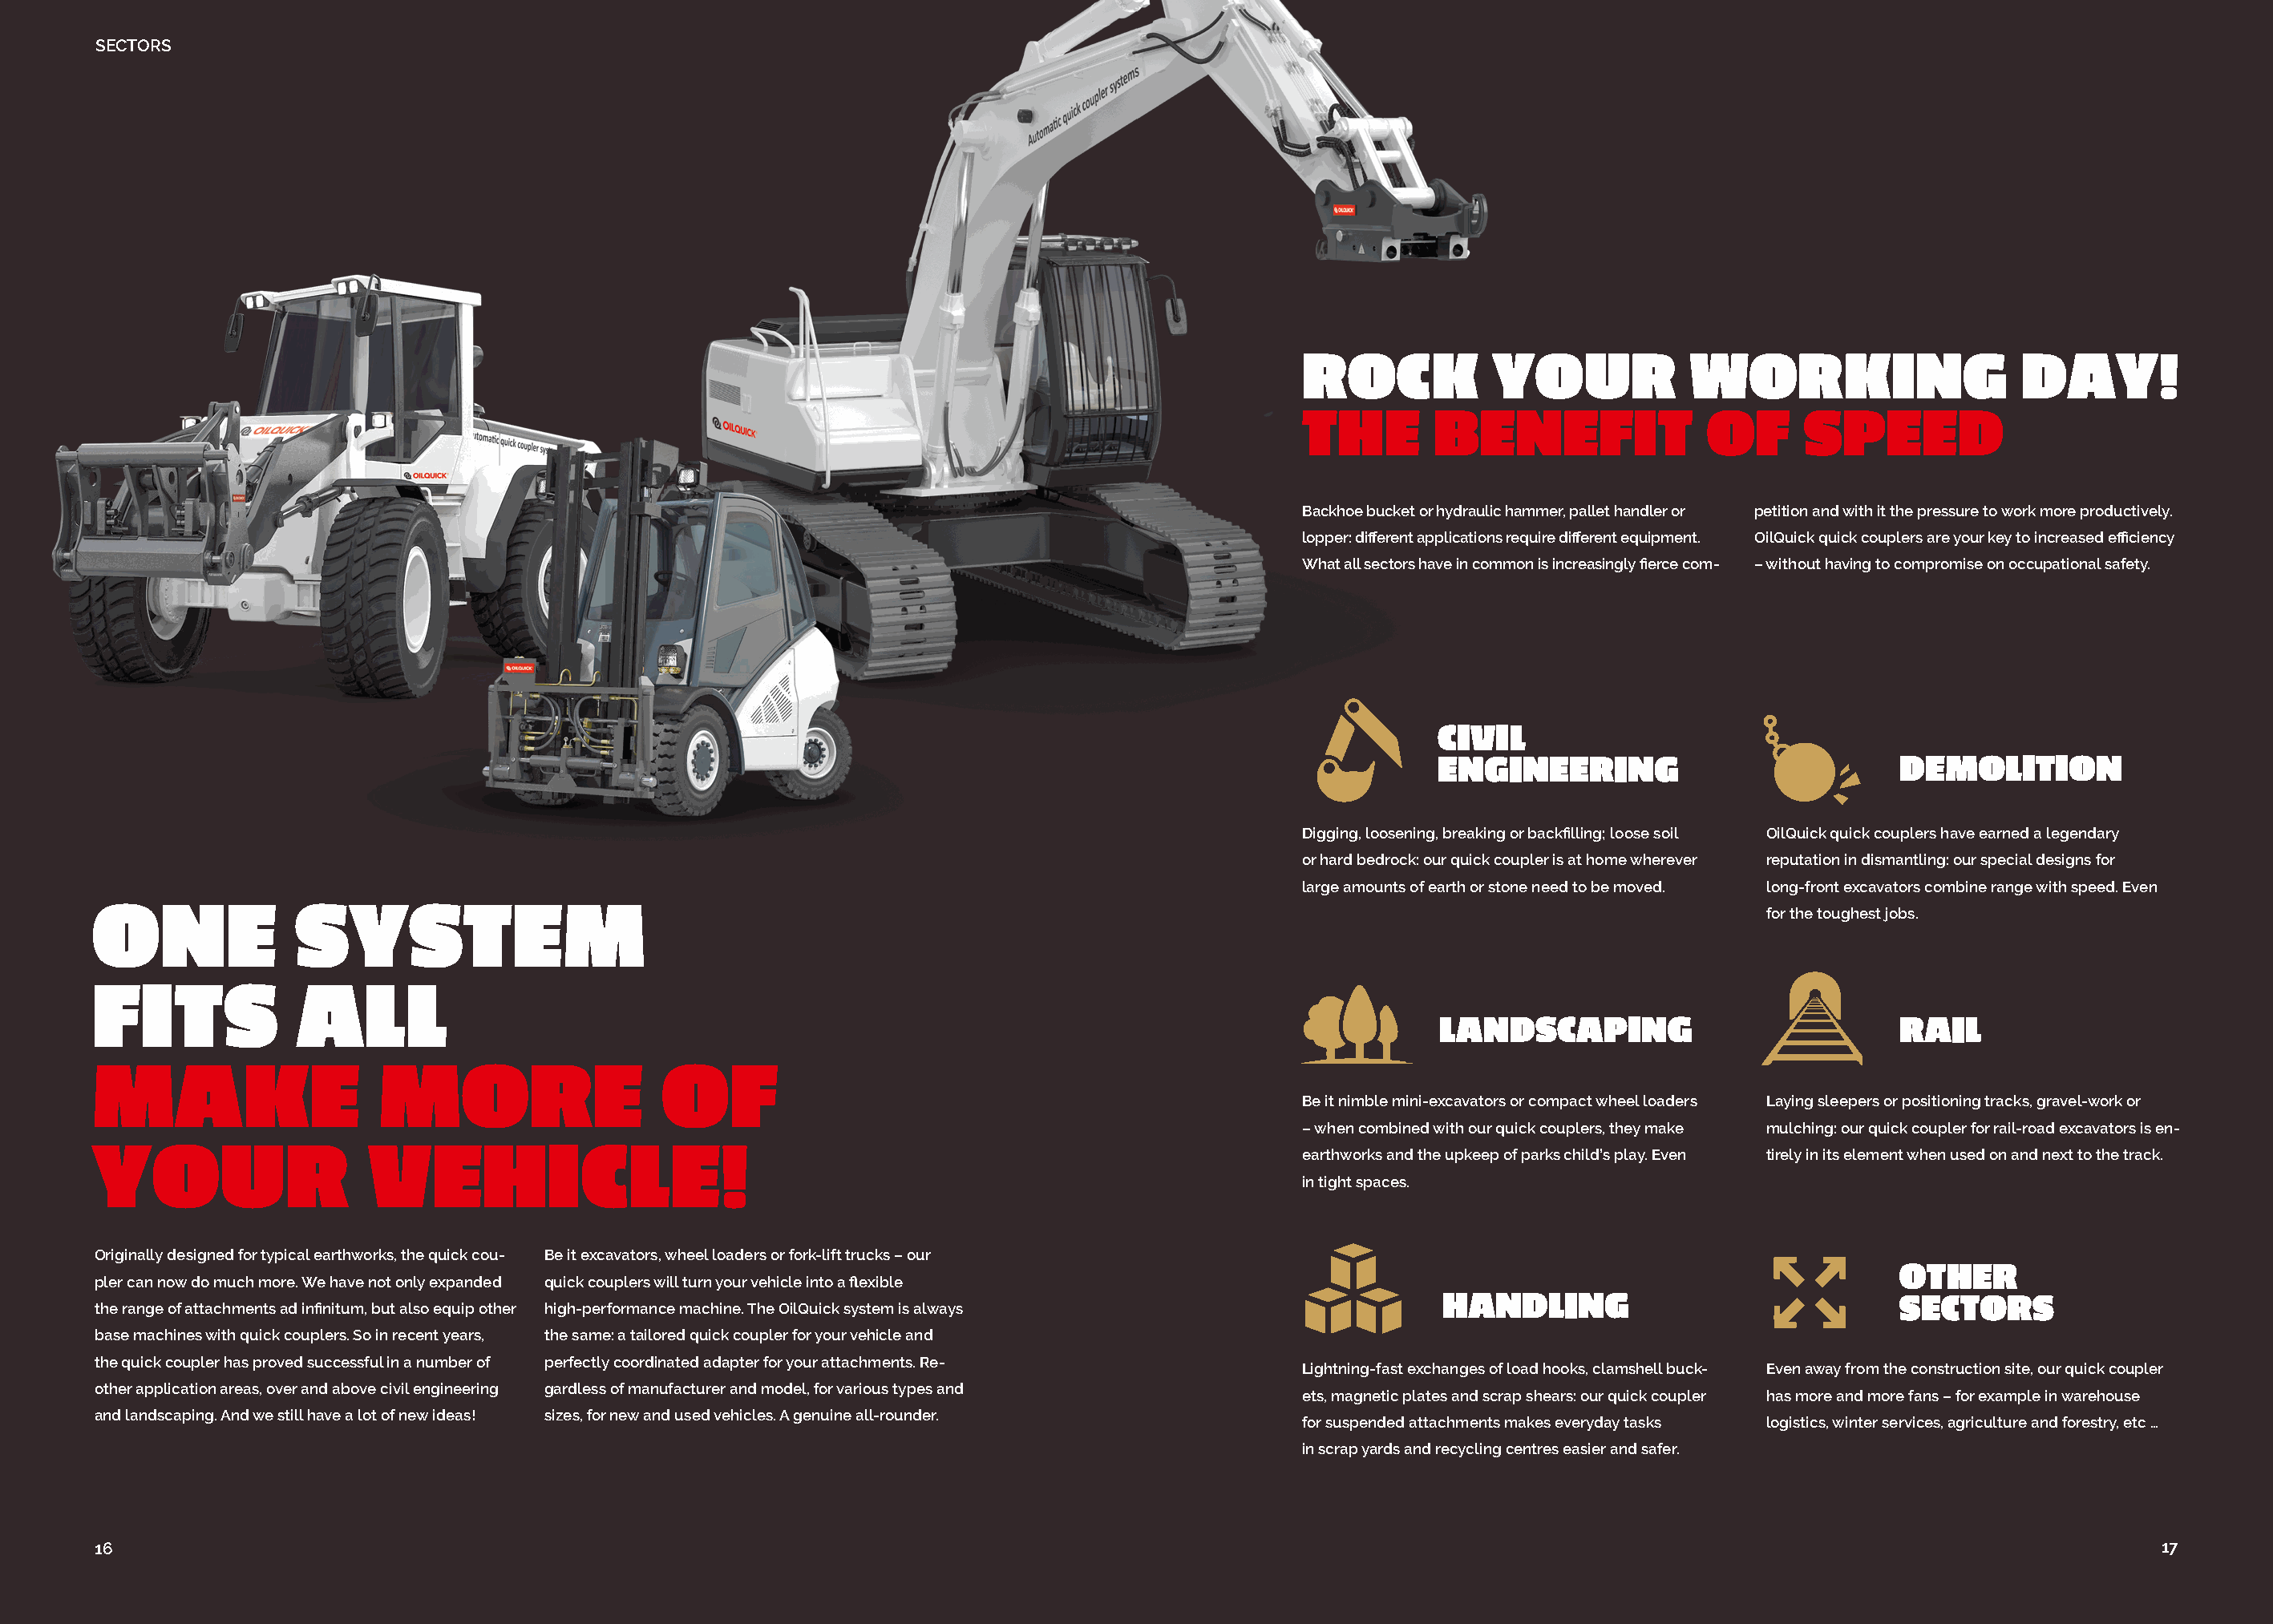
SECTORS
 ROCK           YOUR             WORKING                    DAY!
 THE       BENEFIT                OF      SPEED
 Backhoe bucket or hydraulic hammer, pallet handler or petition and with it the pressure to work more productively.
 lopper: different applications require different equipment. OilQuick quick couplers are your key to increased efficiency
 What all sectors have in common is increasingly fierce com- – without having to compromise on occupational safety.
 CIVIL
 ENGINEERING                           DEMOLITION
 Digging, loosening, breaking or backfilling; loose soil OilQuick quick couplers have earned a legendary
 or hard bedrock: our quick coupler is at home wherever reputation in dismantling: our special designs for
 large amounts of earth or stone need to be moved. long-front excavators combine range with speed. Even
 ONE             SYSTEM
 for the toughest jobs.
 FITS             ALL
 LANDSCAPING                           RAIL
 MAKE                   MORE                    OF
 Be it nimble mini-excavators or compact wheel loaders Laying sleepers or positioning tracks, gravel-work or
 – when combined with our quick couplers, they make mulching: our quick coupler for rail-road excavators is en-
 YOUR                  VEHICLE!
 earthworks and the upkeep of parks child’s play. Even tirely in its element when used on and next to the track.
 in tight spaces.
 Originally designed for typical earthworks, the quick cou- Be it excavators, wheel loaders or fork-lift trucks – our
 OTHER
 pler can now do much more. We have not only expanded quick couplers will turn your vehicle into a flexible
 HANDLING                              SECTORS
 the range of attachments ad infinitum, but also equip other high-performance machine. The OilQuick system is always
 base machines with quick couplers. So in recent years, the same: a tailored quick coupler for your vehicle and
 the quick coupler has proved successful in a number of perfectly coordinated adapter for your attachments. Re-
 Lightning-fast exchanges of load hooks, clamshell buck- Even away from the construction site, our quick coupler
 other application areas, over and above civil engineering gardless of manufacturer and model, for various types and
 ets, magnetic plates and scrap shears: our quick coupler has more and more fans – for example in warehouse
 and landscaping. And we still have a lot of new ideas! sizes, for new and used vehicles. A genuine all-rounder.
 for suspended attachments makes everyday tasks logistics, winter services, agriculture and forestry, etc …
 in scrap yards and recycling centres easier and safer.
 16                                                                                                                                                                        17